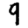
Digit: 9